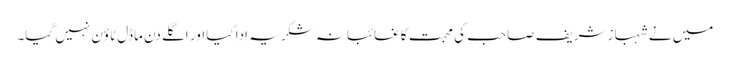
میں نے شہباز شریف صاحب کی محبت کا غائبانہ شکریہ ادا کیا اور اگلے دن ماڈل ٹاؤن نہیں گیا۔